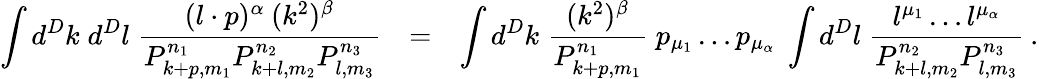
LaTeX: \int d^{D}k\; d^{D}l\; \frac{(l\cdot p)^{\alpha}\: (k^{2})^{\beta}}{P_{k+p,m_{1}}^{n_{1}}P_{k+l,m_{2}}^{n_{2}}P_{l,m_{3}}^{n_{3}}}\; \: \: =\; \: \: \int d^{D}k\; \frac{(k^{2})^{\beta}}{P_{k+p,m_{1}}^{n_{1}}}\; p_{\mu_{1}}\ldots p_{\mu_{\alpha}}\; \int d^{D}l\; \frac{l^{\mu_{1}}\ldots l^{\mu_{\alpha}}}{P_{k+l,m_{2}}^{n_{2}}P_{l,m_{3}}^{n_{3}}}\: .